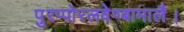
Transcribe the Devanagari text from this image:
पुरप्पोरलवेण्बामालै।